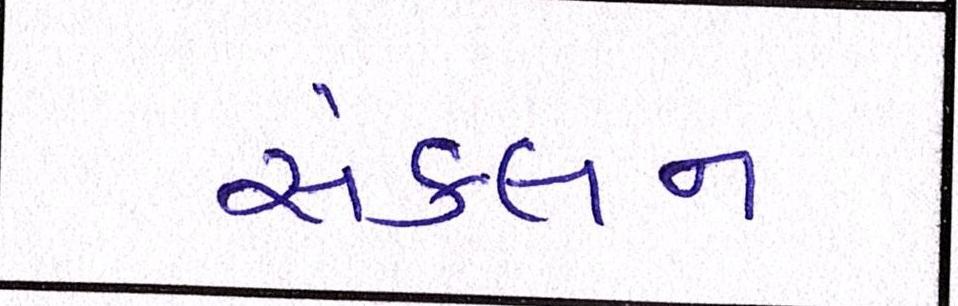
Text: સંકલન